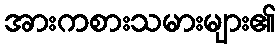
အားကစားသမားများ၏